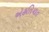
એહતિયાત